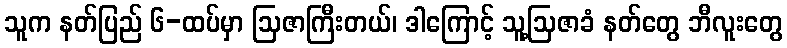
သူက နတ်ပြည် ၆-ထပ်မှာ ဩဇာကြီးတယ်၊ ဒါကြောင့် သူ့ဩဇာခံ နတ်တွေ ဘီလူးတွေ